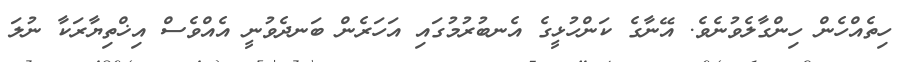
ހިތެއްހެން ހިންގާލެވުނެވެ. އޭނާގެ ކަންހުޅީގެ އެނބުރުމުގައި އަހަރެން ބަނދެވުނީ އެއްވެސް އިޚްތިޔާރަކާ ނުލަ